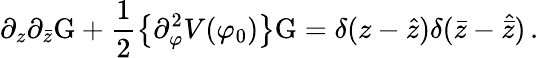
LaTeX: \partial_{z}\partial_{\bar{z}}\mathrm{G}+\frac{1}{2}\left\{ \partial_{\varphi}^{2}V(\varphi_{0})\right\} \mathrm{G}=\delta(z-\hat{z})\delta(\bar{z}-\hat{\bar{z}})\, .